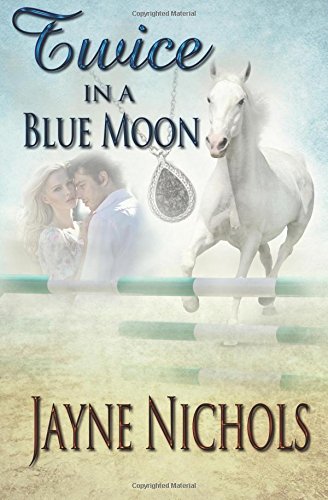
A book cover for Twice in a Blue Moon (Wish Fulfilled Series) (Volume 2); Jayne Nichols; Romance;